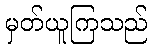
မှတ်ယူကြသည်